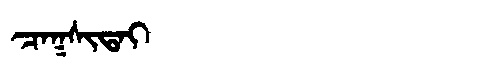
Manchu: ᠴᠠᡴᠰᡳᡨᠠᡳ
Romanization: CAKSITAI